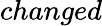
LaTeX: changed